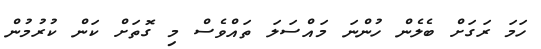
ހަމަ ރަގަށް ބެލެން ހުންނަ މައްސަލަ ތައްވެސް މި ގޮތަށް ކަން ކުރުމުން